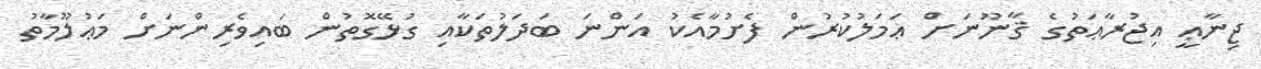
ޖިނާޢީ އިޖުރާޢަތުގެ ޤާނޫނަށް ޢަމަލުކުރުން ފެށުމާއެކު އަންނަ ބަދަލުތަކާއި ގުޅޭގޮތުން ބައިވެރިންނަށް މަޢުލޫމާތު